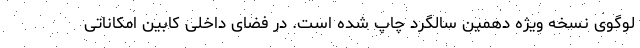
لوگوی نسخه ویژه دهمین سالگرد چاپ شده است. در فضای داخلی کابین امکاناتی